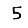
Digit: 5